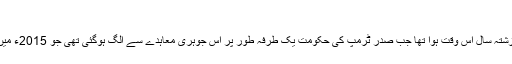
"
امریکہ اور ایران کے درمیان حالیہ کشیدگی کا آغاز گزشتہ سال اس وقت ہوا تھا جب صدر ٹرمپ کی حکومت یک طرفہ طور پر اس جوہری معاہدے سے الگ ہوگئی تھی جو 2015ء میں ایران اور چھ عالمی طاقتوں کے درمیان طے پایا تھا۔